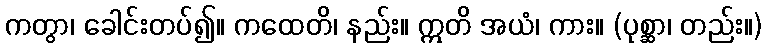
ကတွာ၊ ခေါင်းတပ်၍။ ကထေတိ၊ နည်း။ ဣတိ အယံ၊ ကား။ (ပုစ္ဆာ၊ တည်း။)